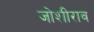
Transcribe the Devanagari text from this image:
जोशीराव